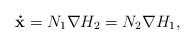
LaTeX: \begin{align*}\mathbf{\dot{x}}=N_{1}\nabla H_{2}=N_{2}\nabla H_{1}, \end{align*}